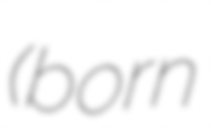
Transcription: (born